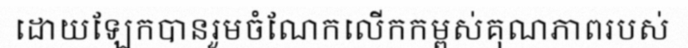
ដោយឡែកបានរួមចំណែកលើកកម្ពស់គុណភាពរបស់